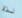
لذة